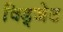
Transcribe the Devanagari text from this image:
विड्जेट